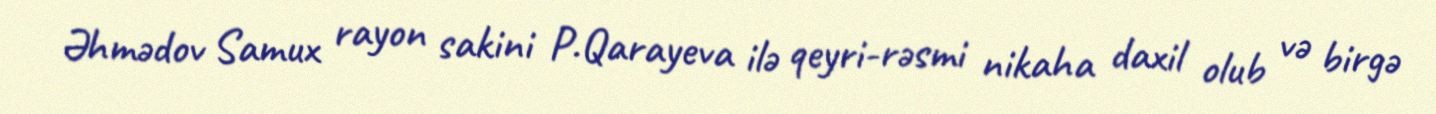
Əhmədov Samux rayon sakini P.Qarayeva ilə qeyri-rəsmi nikaha daxil olub və birgə